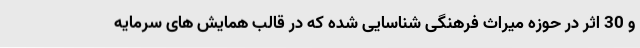
و 30 اثر در حوزه میراث فرهنگی شناسایی شده که در قالب همایش های سرمایه